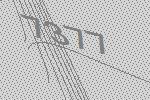
7377